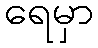
ရေမှာ